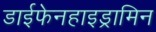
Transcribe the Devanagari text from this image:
डाईफेनहाइड्रामिन